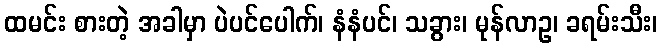
ထမင်း စားတဲ့ အခါမှာ ပဲပင်ပေါက်၊ နံနံပင်၊ သခွား၊ မုန်လာဥ၊ ခရမ်းသီး၊